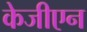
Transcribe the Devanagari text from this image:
केजीएन